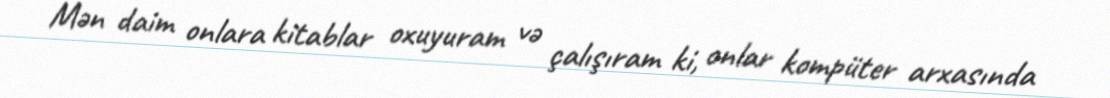
Mən daim onlara kitablar oxuyuram və çalışıram ki, onlar kompüter arxasında